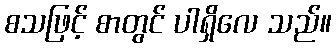
စသဖြင့် စာတွင် ပါရှိလေ သည်။